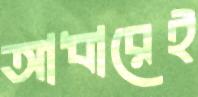
আধারেই